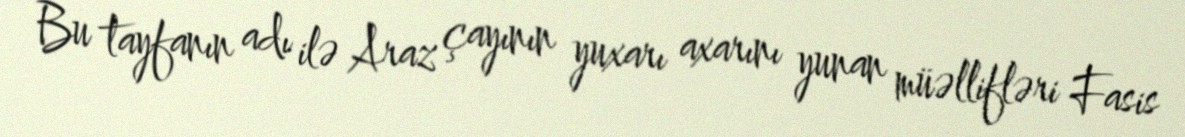
Bu tayfanın adı ilə Araz çayının yuxarı axarını yunan müəllifləri Fasis